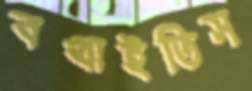
বখাইতিস